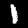
Label: 1